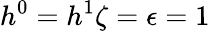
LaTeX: h^{0}=h^{1}\zeta=\epsilon=1